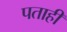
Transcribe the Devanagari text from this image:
पताही